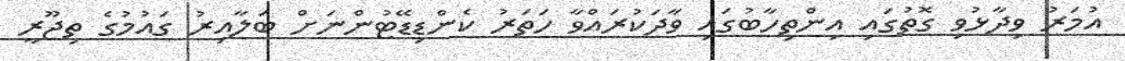
އުމަރު ވިދާޅުވި ގޮތުގައި އިންތިހާބުގައި ވާދަކުރައްވާ ހަތަރު ކެންޑިޑޭޓުންނަށް ބަލާއިރު ގައުމުގެ ތިޖޫރީ